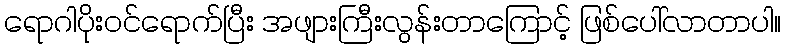
ရောဂါပိုးဝင်ရောက်ပြီး အဖျားကြီးလွန်းတာကြောင့် ဖြစ်ပေါ်လာတာပါ။